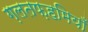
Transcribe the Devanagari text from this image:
ग़लतफ़हमियाँ